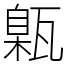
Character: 甈